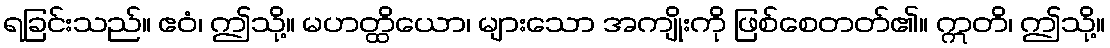
ရခြင်းသည်။ ဧဝံ၊ ဤသို့။ မဟတ္ထိယော၊ များသော အကျိုးကို ဖြစ်စေတတ်၏။ ဣတိ၊ ဤသို့။